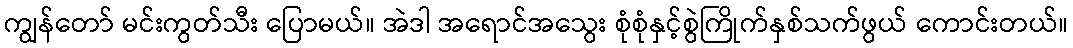
ကျွန်တော် မင်းကွတ်သီး ပြောမယ်။ အဲဒါ အရောင်အသွေး စုံစုံနှင့်စွဲကြိုက်နှစ်သက်ဖွယ် ကောင်းတယ်။